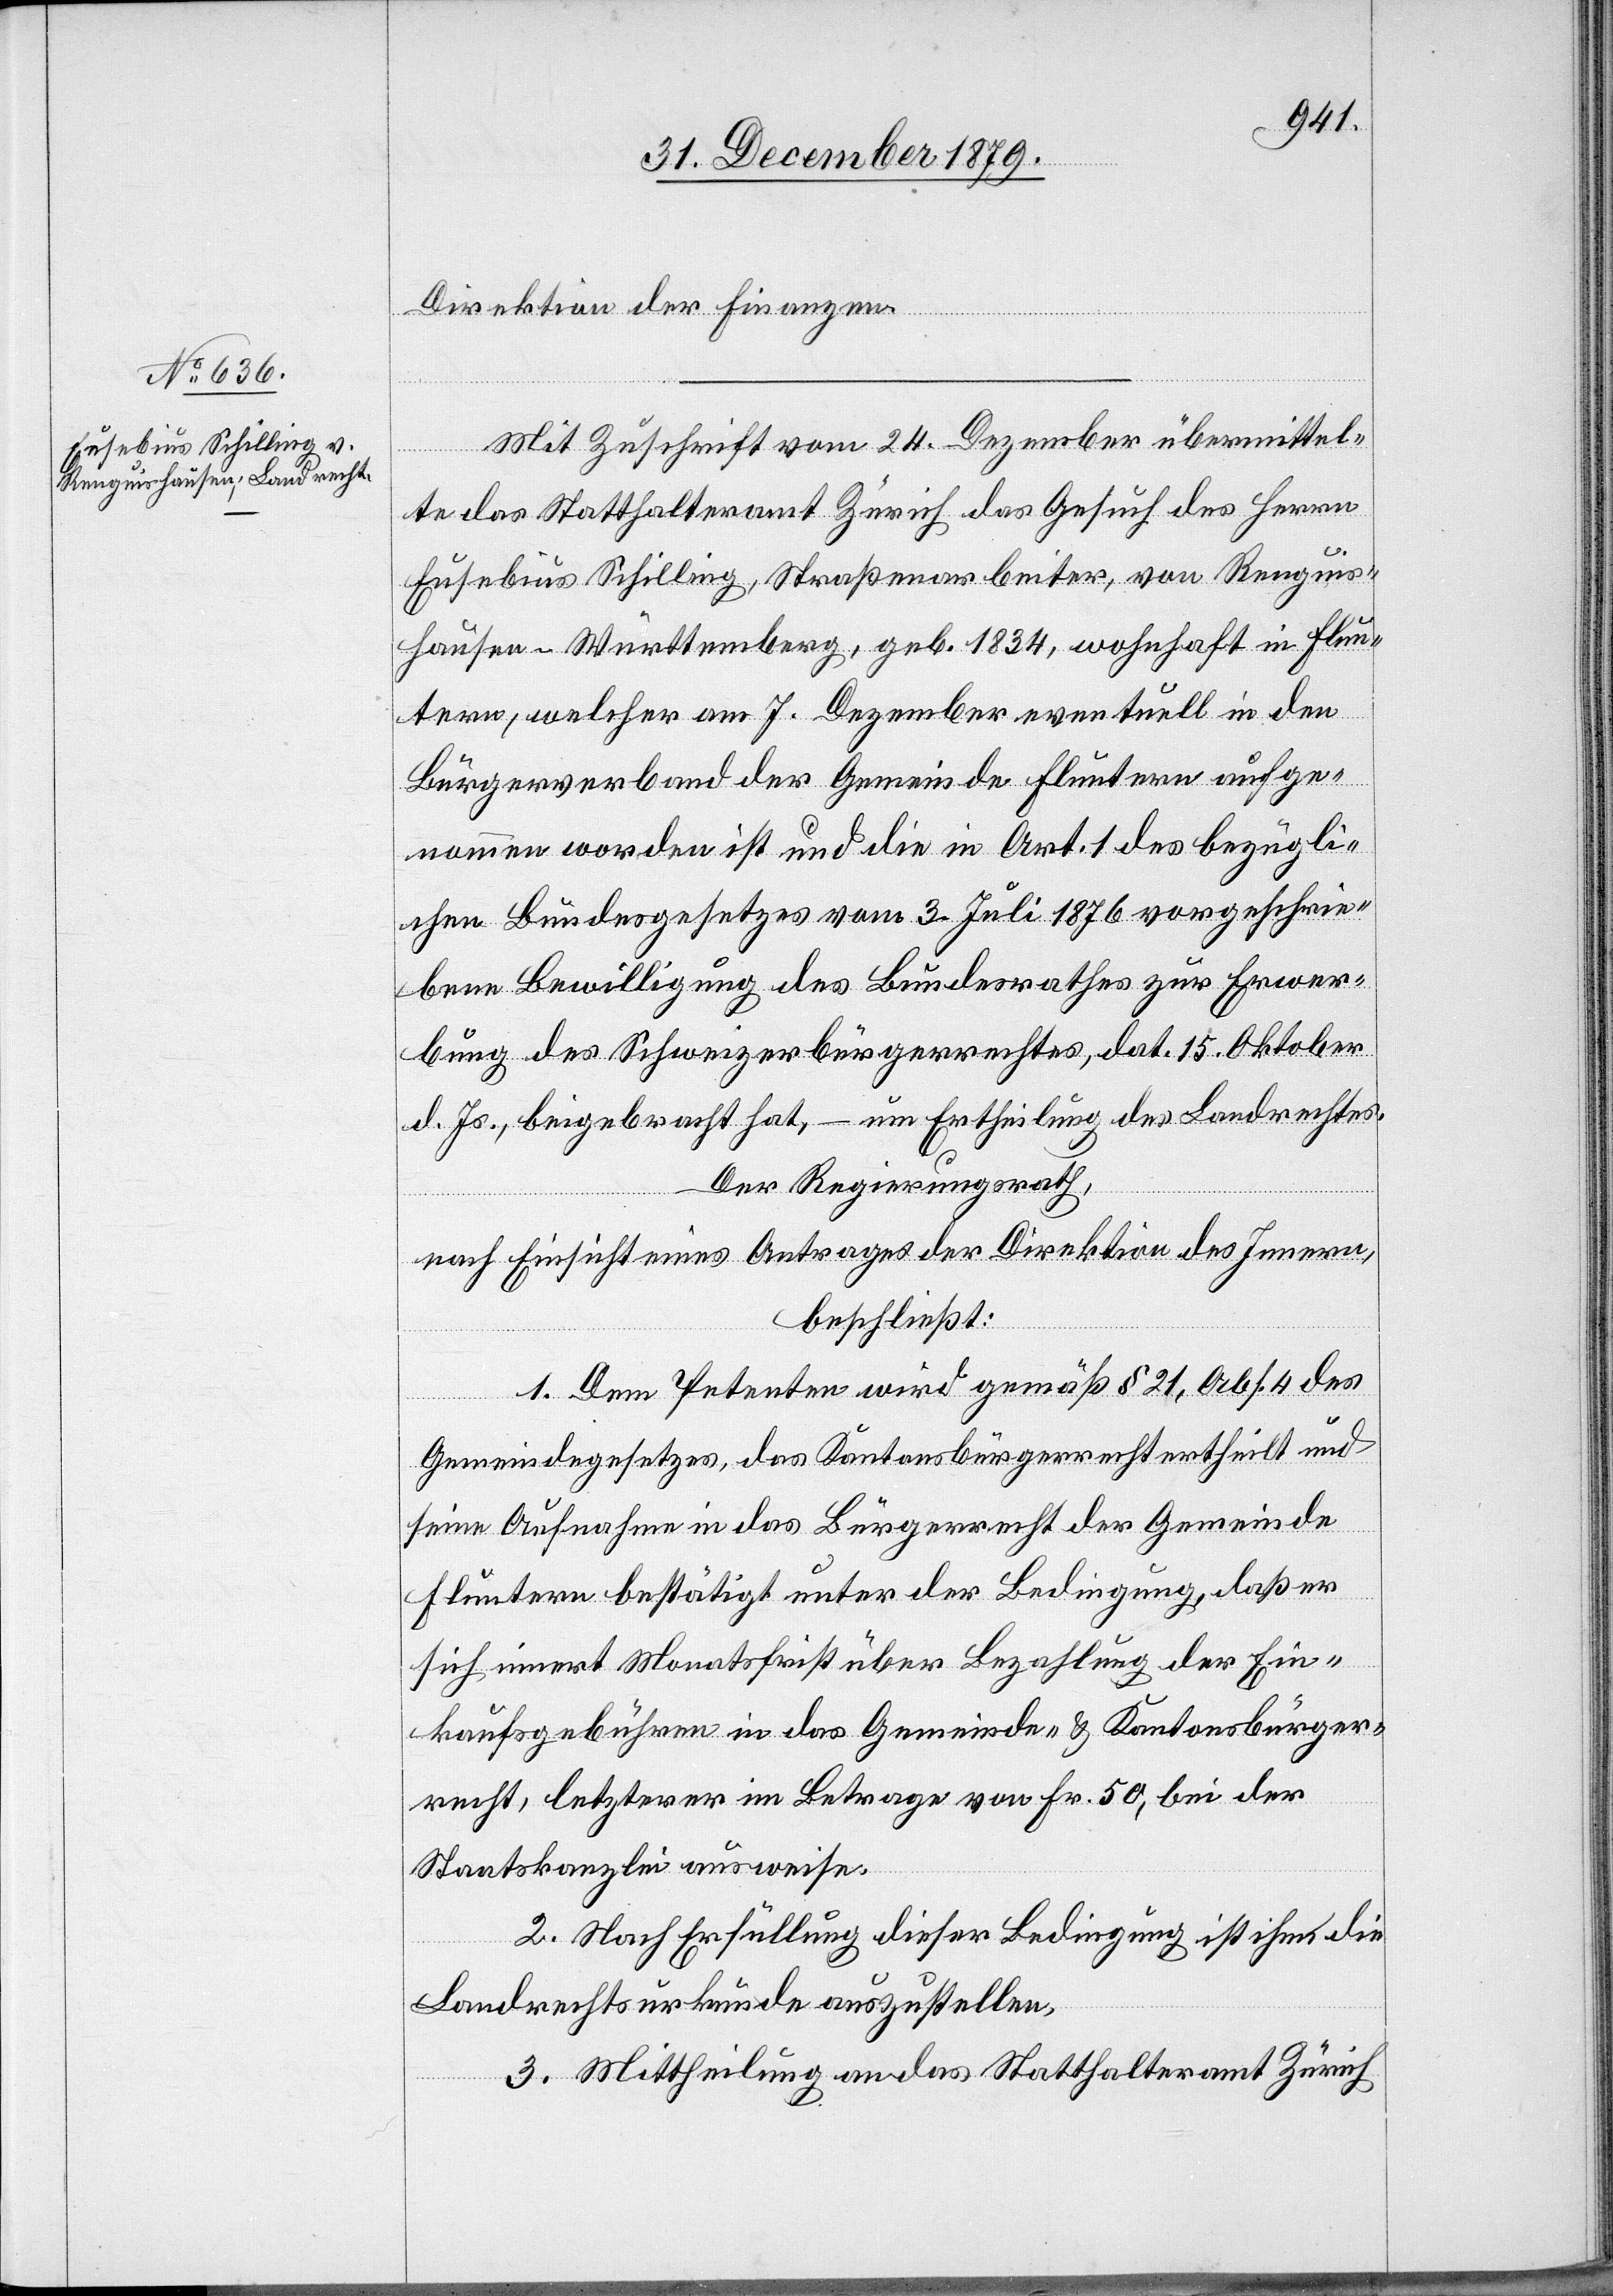
Direktion der Finanzen.
Mit Zuschrift vom 24. Dezember übermittel¬
te das Statthalteramt Zürich das Gesuch des Herrn
Eusebius Schilling, Straßenarbeiter, von Renguis¬
hausen - Württemberg, geb. 1834, wohnhaft in Flun¬
tern, welcher am 7. Dezember eventuell in den
Bürgerverband der Gemeinde Fluntern aufge¬
nommen worden ist und die in Art. 1 des bezügli¬
chen Bundesgesetzes vom 3. Juli 1876 vorgeschrie¬
bene Bewilligung des Bundesrathes, dat.
d. Js., beigebracht hat, – um Ertheilung des Landrechtes.
Der Regierungsrath,
nach Einsicht eines Antrages der Direktion des Innern,
beschließt:
1. Dem Petenten wird gemäß § 21, Abs. 4 des
Gemeindegesetzes, das Kantonsbürgerrecht ertheilt und
seine Aufnahme in das Bürgerrecht der Gemeinde
Fluntern bestätigt unter der Bedingung, daß er
sich innert Monatsfrist über Bezahlung der Ein¬
kaufsgebühren in das Gemeinde- & Kantonsbürger¬
recht, letzterer im Betrage von Fr. 50, bei der
Staatskanzlei ausweise.
2. Nach Erfüllung dieser Bedingung ist ihm die
Landrechtsurkunde auszustellen.
3. Mittheilung an das Statthalteramt Zürich